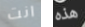
انت هذه